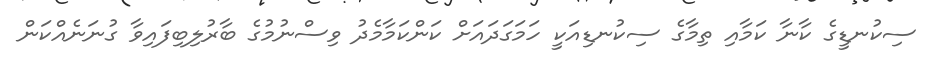
ސިކުނޑީގެ ކާނާ ކަމާއި ތިމާގެ ސިކުނޑިއަކީ ހަމަގަދައަށް ކަންކަމާމެދު ވިސްނުމުގެ ބާރުލިބިފައިވާ ގުނަނެއްކަން